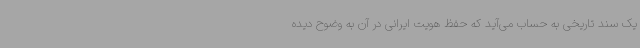
یک سند تاریخی به حساب می‌آید که حفظ هویت ایرانی در آن به وضوح دیده